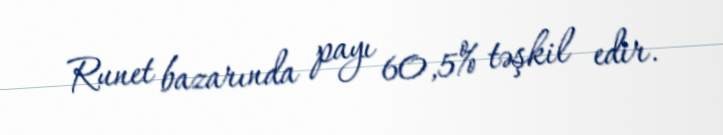
Runet bazarında payı 60,5% təşkil edir.